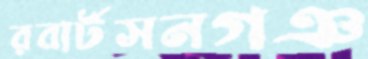
রবার্টসনগঞ